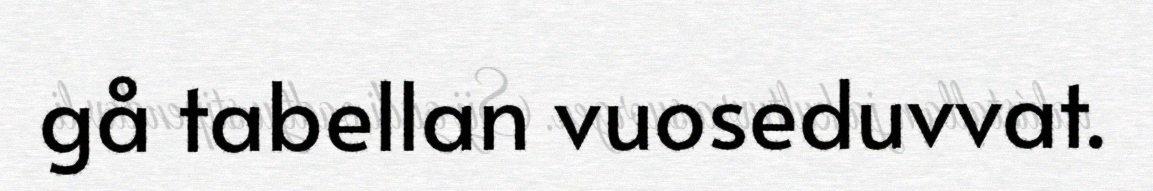
gå tabellan vuoseduvvat.